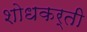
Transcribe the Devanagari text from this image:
शोधकर्ती